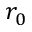
r _ { 0 }